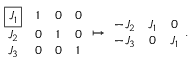
\begin{array} { r } { \begin{array} { c c c c } { \boxed { J _ { 1 } } } & { 1 } & { 0 } & { 0 } \\ { J _ { 2 } } & { 0 } & { 1 } & { 0 } \\ { J _ { 3 } } & { 0 } & { 0 } & { 1 } \end{array} \mapsto \begin{array} { c c c } { - J _ { 2 } } & { J _ { 1 } } & { 0 } \\ { - J _ { 3 } } & { 0 } & { J _ { 1 } } \end{array} . } \end{array}